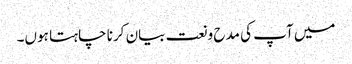
میں آپ کی مدح و نعت بیان کرنا چاہتا ہوں۔